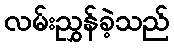
လမ်းညွှန်ခဲ့သည်